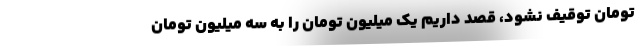
تومان توقیف نشود، قصد داریم یک میلیون تومان را به سه میلیون تومان